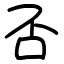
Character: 否